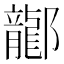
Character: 𫑰